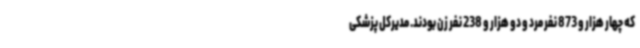
که چهار هزار و 873 نفر مرد و دو هزار و 238 نفر زن بودند. مدیرکل پزشکی